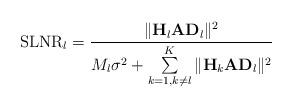
LaTeX: \begin{align*}\mathrm{SLNR}_l=\frac{\|\mathbf{H}_l\mathbf{A} \mathbf{D}_l \|^2}{M_l\sigma^2+\sum\limits_{k=1,k\neq l}^{K}\|\mathbf{H}_k\mathbf{A} \mathbf{D}_l \|^2}\end{align*}